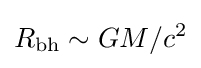
R_{\text{bh}}\sim {GM}/{c^{2}}